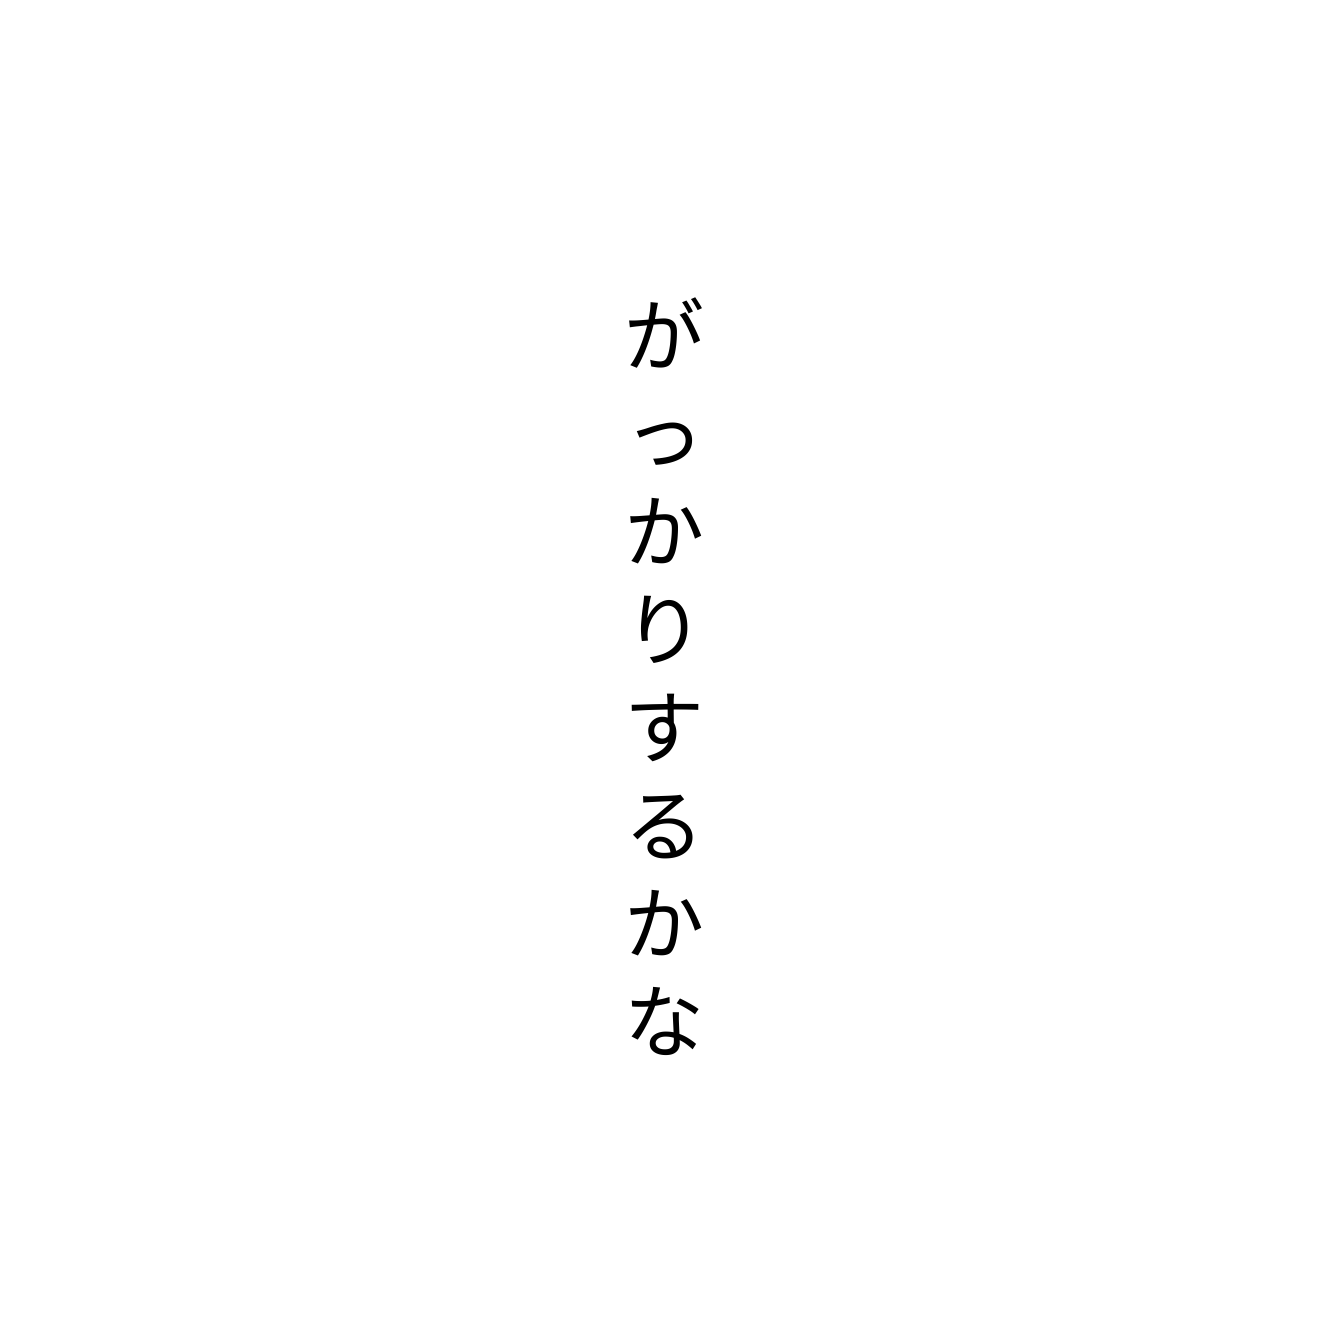
がっかりするかな